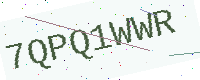
Text: 7QPQ1WWR